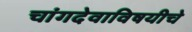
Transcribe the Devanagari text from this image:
चांगदेवाविषयीचे